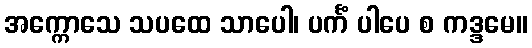
အက္ကောသေ သပထေ သာပေါ၊ ပင်္ကံ ပါပေ စ ကဒ္ဒမေ။